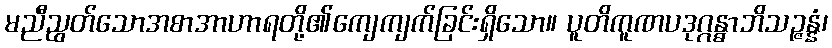
မညီညွတ်သောအစာအာဟာရတို့၏ကျေကျက်ခြင်းရှိသော။ ပူတိကူဏပဒုဂ္ဂန္ဓာဘိသဉ္ဇန္နံ၊